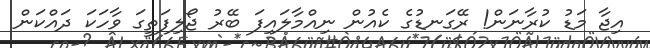
އިޖާ މަޑު ކުރާނަން! ރޭގަނޑުގެ ކެއުން ނިއްމާލައިފަ ބޭރު ޖޯލިފަތީގަ ވާހަކަ ދައްކަން